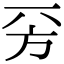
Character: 𣃙